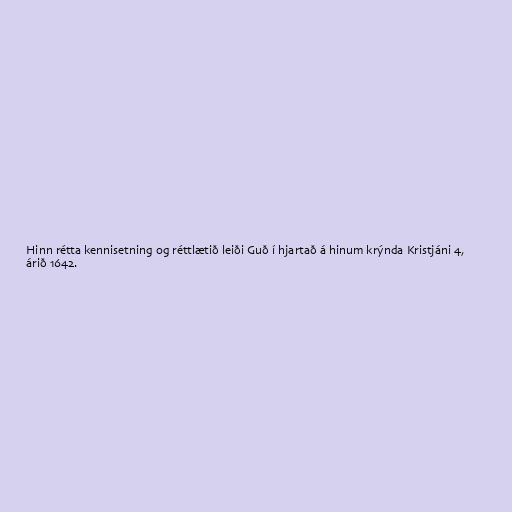
Hinn rétta kennisetning og réttlætið leiði Guð í hjartað á hinum krýnda Kristjáni 4,
árið 1642.